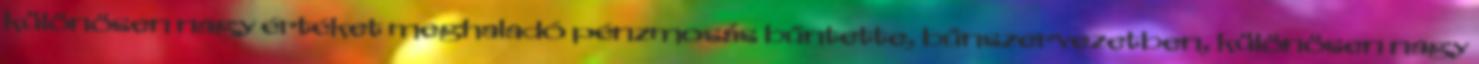
különösen nagy értéket meghaladó pénzmosás bűntette, bűnszervezetben, különösen nagy